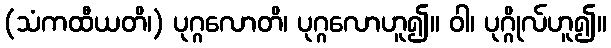
(သံကထီယတိ၊) ပုဂ္ဂလောတိ၊ ပုဂ္ဂလောဟူ၍။ ဝါ၊ ပုဂ္ဂိုလ်ဟူ၍။